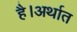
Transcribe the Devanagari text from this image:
है।अर्थात